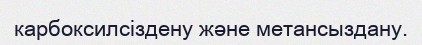
карбоксилсіздену және метансыздану.